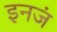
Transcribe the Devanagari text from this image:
इनजं